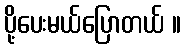
ပို့ပေးမယ်ပြောတယ် ။